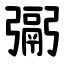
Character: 䰜